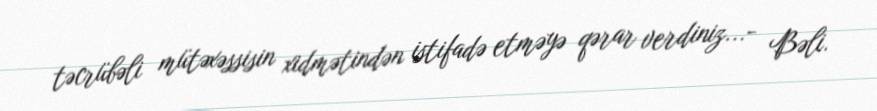
təcrübəli mütəxəssisin xidmətindən istifadə etməyə qərar verdiniz...- Bəli.